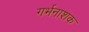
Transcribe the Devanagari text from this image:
गर्भनाशक